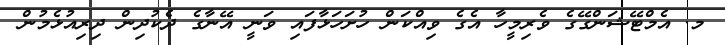
މ. އެމްޓޭޝަންގޭގެ ވެރިމީހާ އެގެ ވިއްކަން ހުށަހަޅާފައި ވަނީ އޭނާގެ ދެކުދިން ދިރިއުޅެމުން